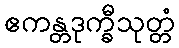
ဧကန္တဒုက္ခီသုတ္တံ